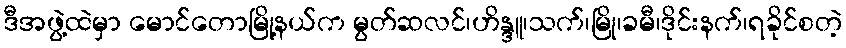
ဒီအဖွဲ့ထဲမှာ မောင်တောမြို့နယ်က မွတ်ဆလင်၊ဟိန္ဒူ၊သက်၊မြို၊ခမီ၊ဒိုင်းနက်၊ရခိုင်စတဲ့